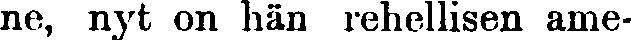
ne, nyt on hän rehellisen ame-